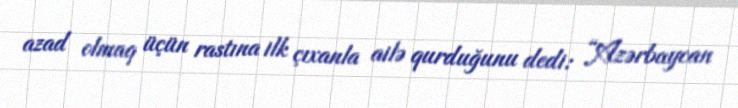
azad olmaq üçün rastına ilk çıxanla ailə qurduğunu dedi: “Azərbaycan